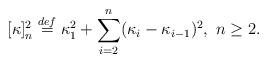
LaTeX: \begin{align*} [\kappa]_n^2 \stackrel{def}{=} \kappa_1^2 + \sum_{i=2}^n (\kappa_i - \kappa_{i-1})^2, \ n \ge 2.\end{align*}